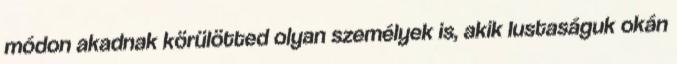
módon akadnak körülötted olyan személyek is, akik lustaságuk okán